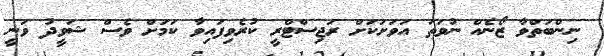
ނިންބަތްވާ ޒޯނެއް ނުވަތަ އަވަށަކަށް ރަޖިސްޓްރީ ކުރެވިފައިވާ ކަމަށް ވެސް ޝަވީދު ވަނީ